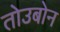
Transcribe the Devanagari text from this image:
तोउबोन